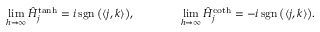
\operatorname* { l i m } _ { h \to \infty } \hat { H } _ { \boldsymbol j } ^ { \operatorname { t a n h } } = i \operatorname { s g n } \big ( \langle \boldsymbol j , \boldsymbol k \rangle \big ) , \qquad \qquad \operatorname* { l i m } _ { h \to \infty } \hat { H } _ { \boldsymbol j } ^ { \coth } = - i \operatorname { s g n } \big ( \langle \boldsymbol j , \boldsymbol k \rangle \big ) .